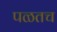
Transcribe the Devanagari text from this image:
पळतच